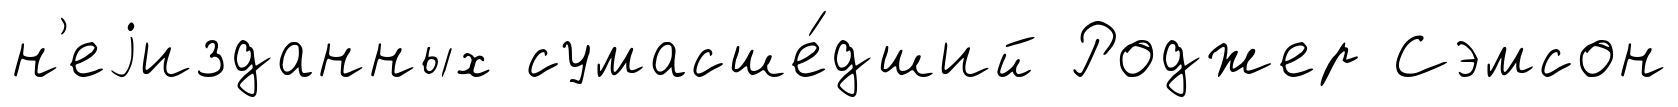
н'еjизданных сумасше́дший Роджер Сэмсон